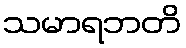
သမာရဘတိ